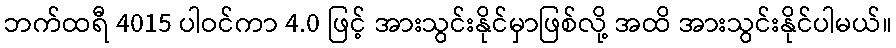
ဘက်ထရီ 4015 ပါဝင်ကာ 4.0 ဖြင့် အားသွင်းနိုင်မှာဖြစ်လို့ အထိ အားသွင်းနိုင်ပါမယ်။